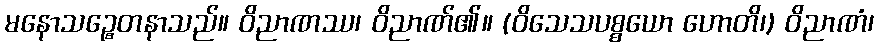
မနောသဉ္စေတနာသည်။ ဝိညာဏဿ၊ ဝိညာဏ်၏။ (ဝိသေသပစ္စယော ဟောတိ၊) ဝိညာဏံ၊